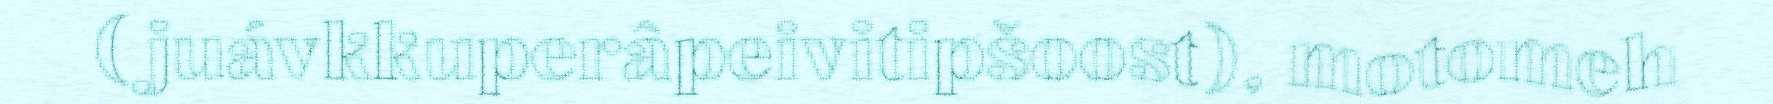
(juávkkuperâpeivitipšoost), motomeh